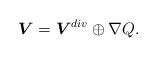
LaTeX: \begin{align*} \boldsymbol{V}=\boldsymbol{V}^{div}\oplus\nabla Q. \end{align*}